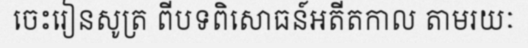
ចេះរៀនសូត្រ ពីបទពិសោធន៍អតីតកាល តាមរយៈ